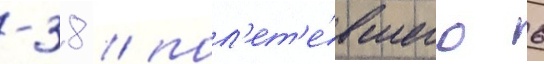
-38 / пол'ет'е́вшего 6